Scottish Leaving Certificate Examination, 1960
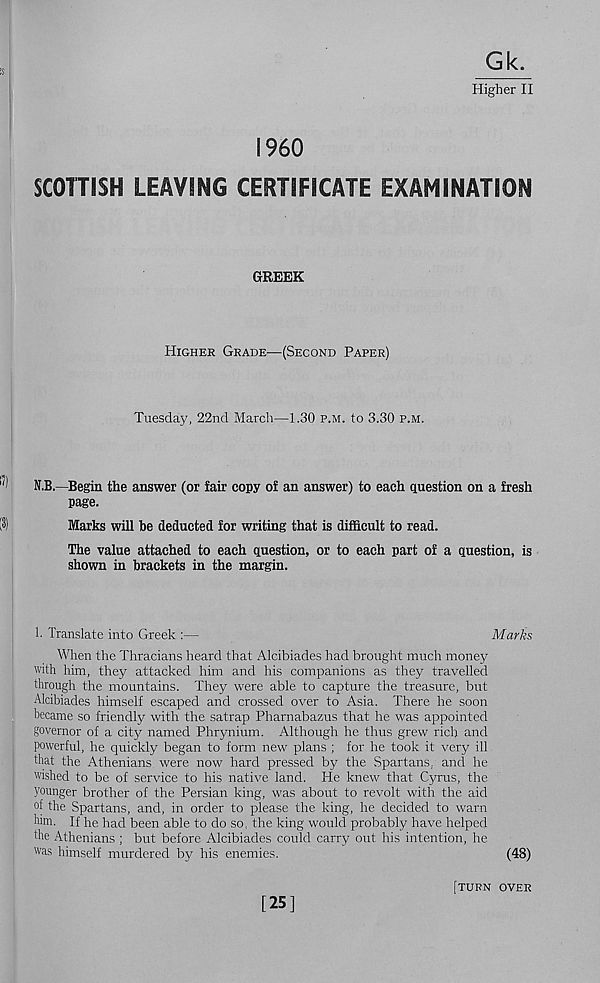
Gk.
Higher II
I960
SCOTTISH LEAVING CERTIFICATE EXAMINATION
GREEK
Higher Grade—(Second Paper)
Tuesday, 22nd March—1.30 p.m. to 3.30 p.m.
N.B.—Begin the answer (or fair copy of an answer) to each question on a fresh
page.
Marks will he deducted for writing that is difficult to read.
The value attached to each question, or to each part of a question, is
shown in brackets in the margin.
1. Translate into Greek :—
Marks
When the Thracians heard that Alcibiades had brought much money
with him, they attacked him and his companions as they travelled
through the mountains. They were able to capture the treasure, but
Alcibiades himself escaped and crossed over to Asia. There he soon
became so friendly with the satrap Pharnabazus that he was appointed
governor of a city named Phrynium. Although he thus grew rich and
powerful, he quickly began to form new plans ; for he took it very ill
that the Athenians were now hard pressed by the .Spartans, and he
wished to be of service to his native land. He knew that Cyrus, the
younger brother of the Persian king, was about to revolt with the aid
°(the Spartans, and, in order to please the king, he decided to warn
him. If he had been able to do so, the king would probably have helped
the Athenians ; but before Alcibiades could carry out his intention, he
was himself murdered by his enemies.
(48)
[25]
(TURN over